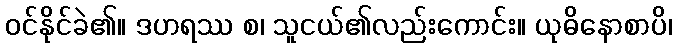
ဝင်နိုင်ခဲ၏။ ဒဟရဿ စ၊ သူငယ်၏လည်းကောင်း။ ယုဓိနောစာပိ၊